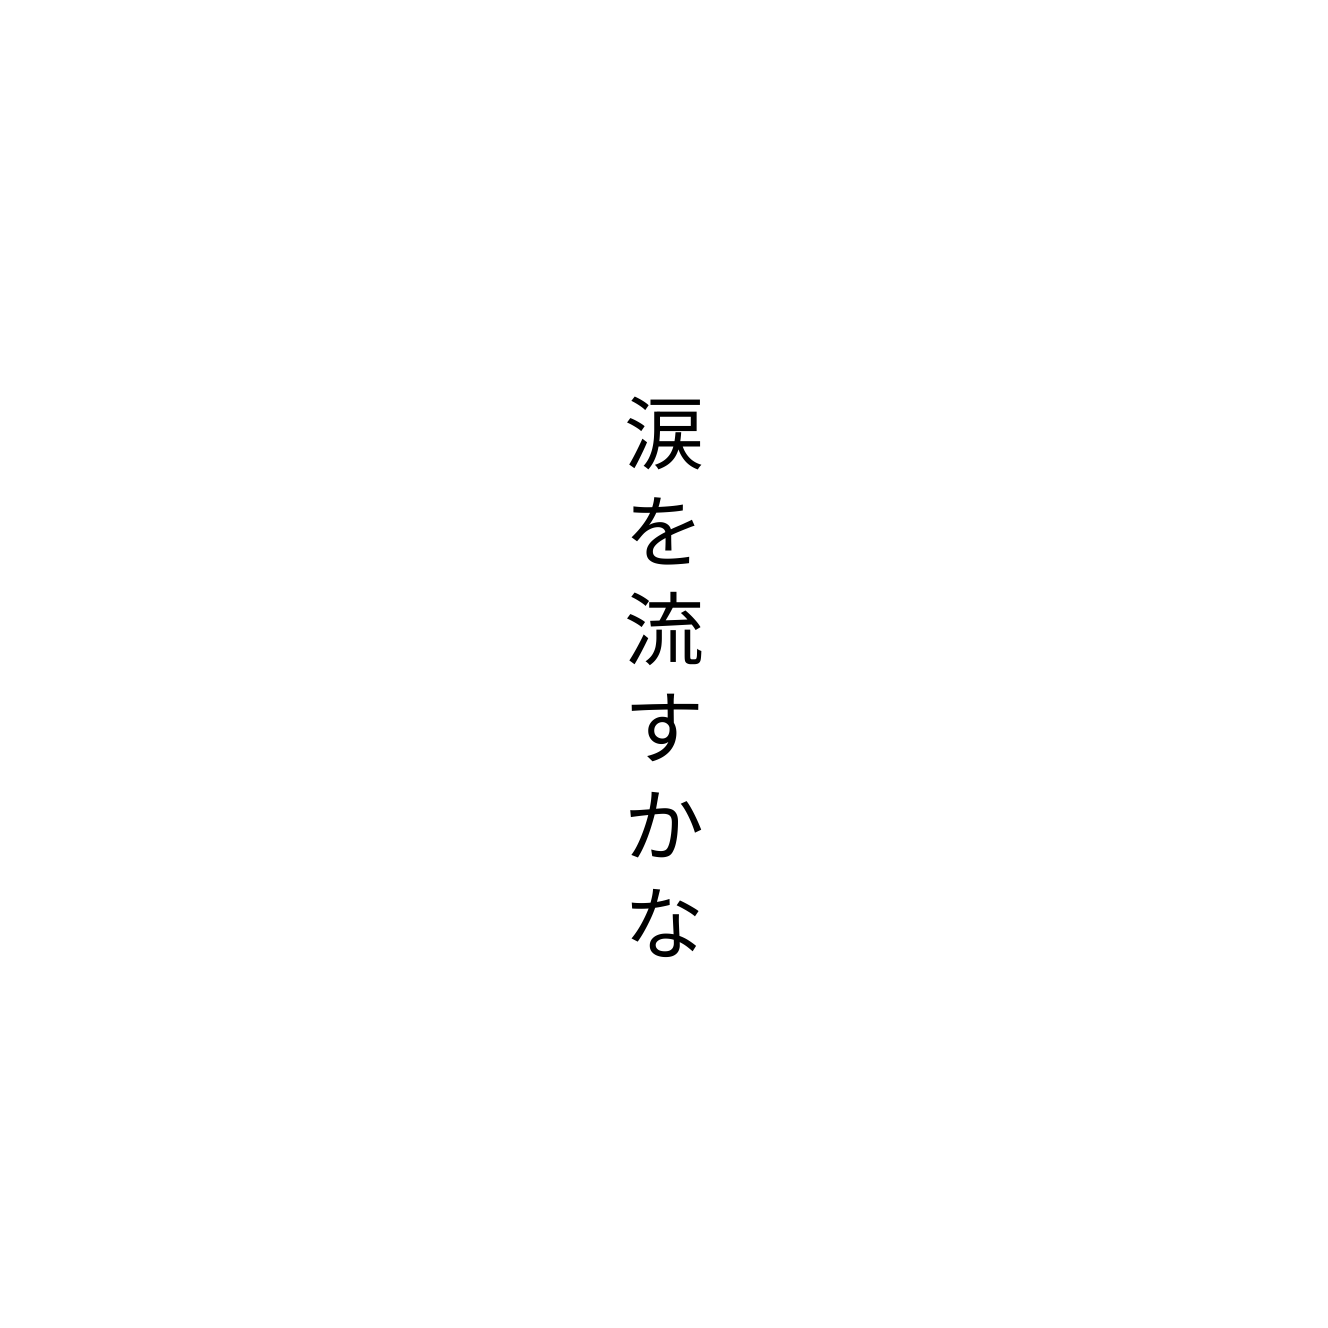
涙を流すかな